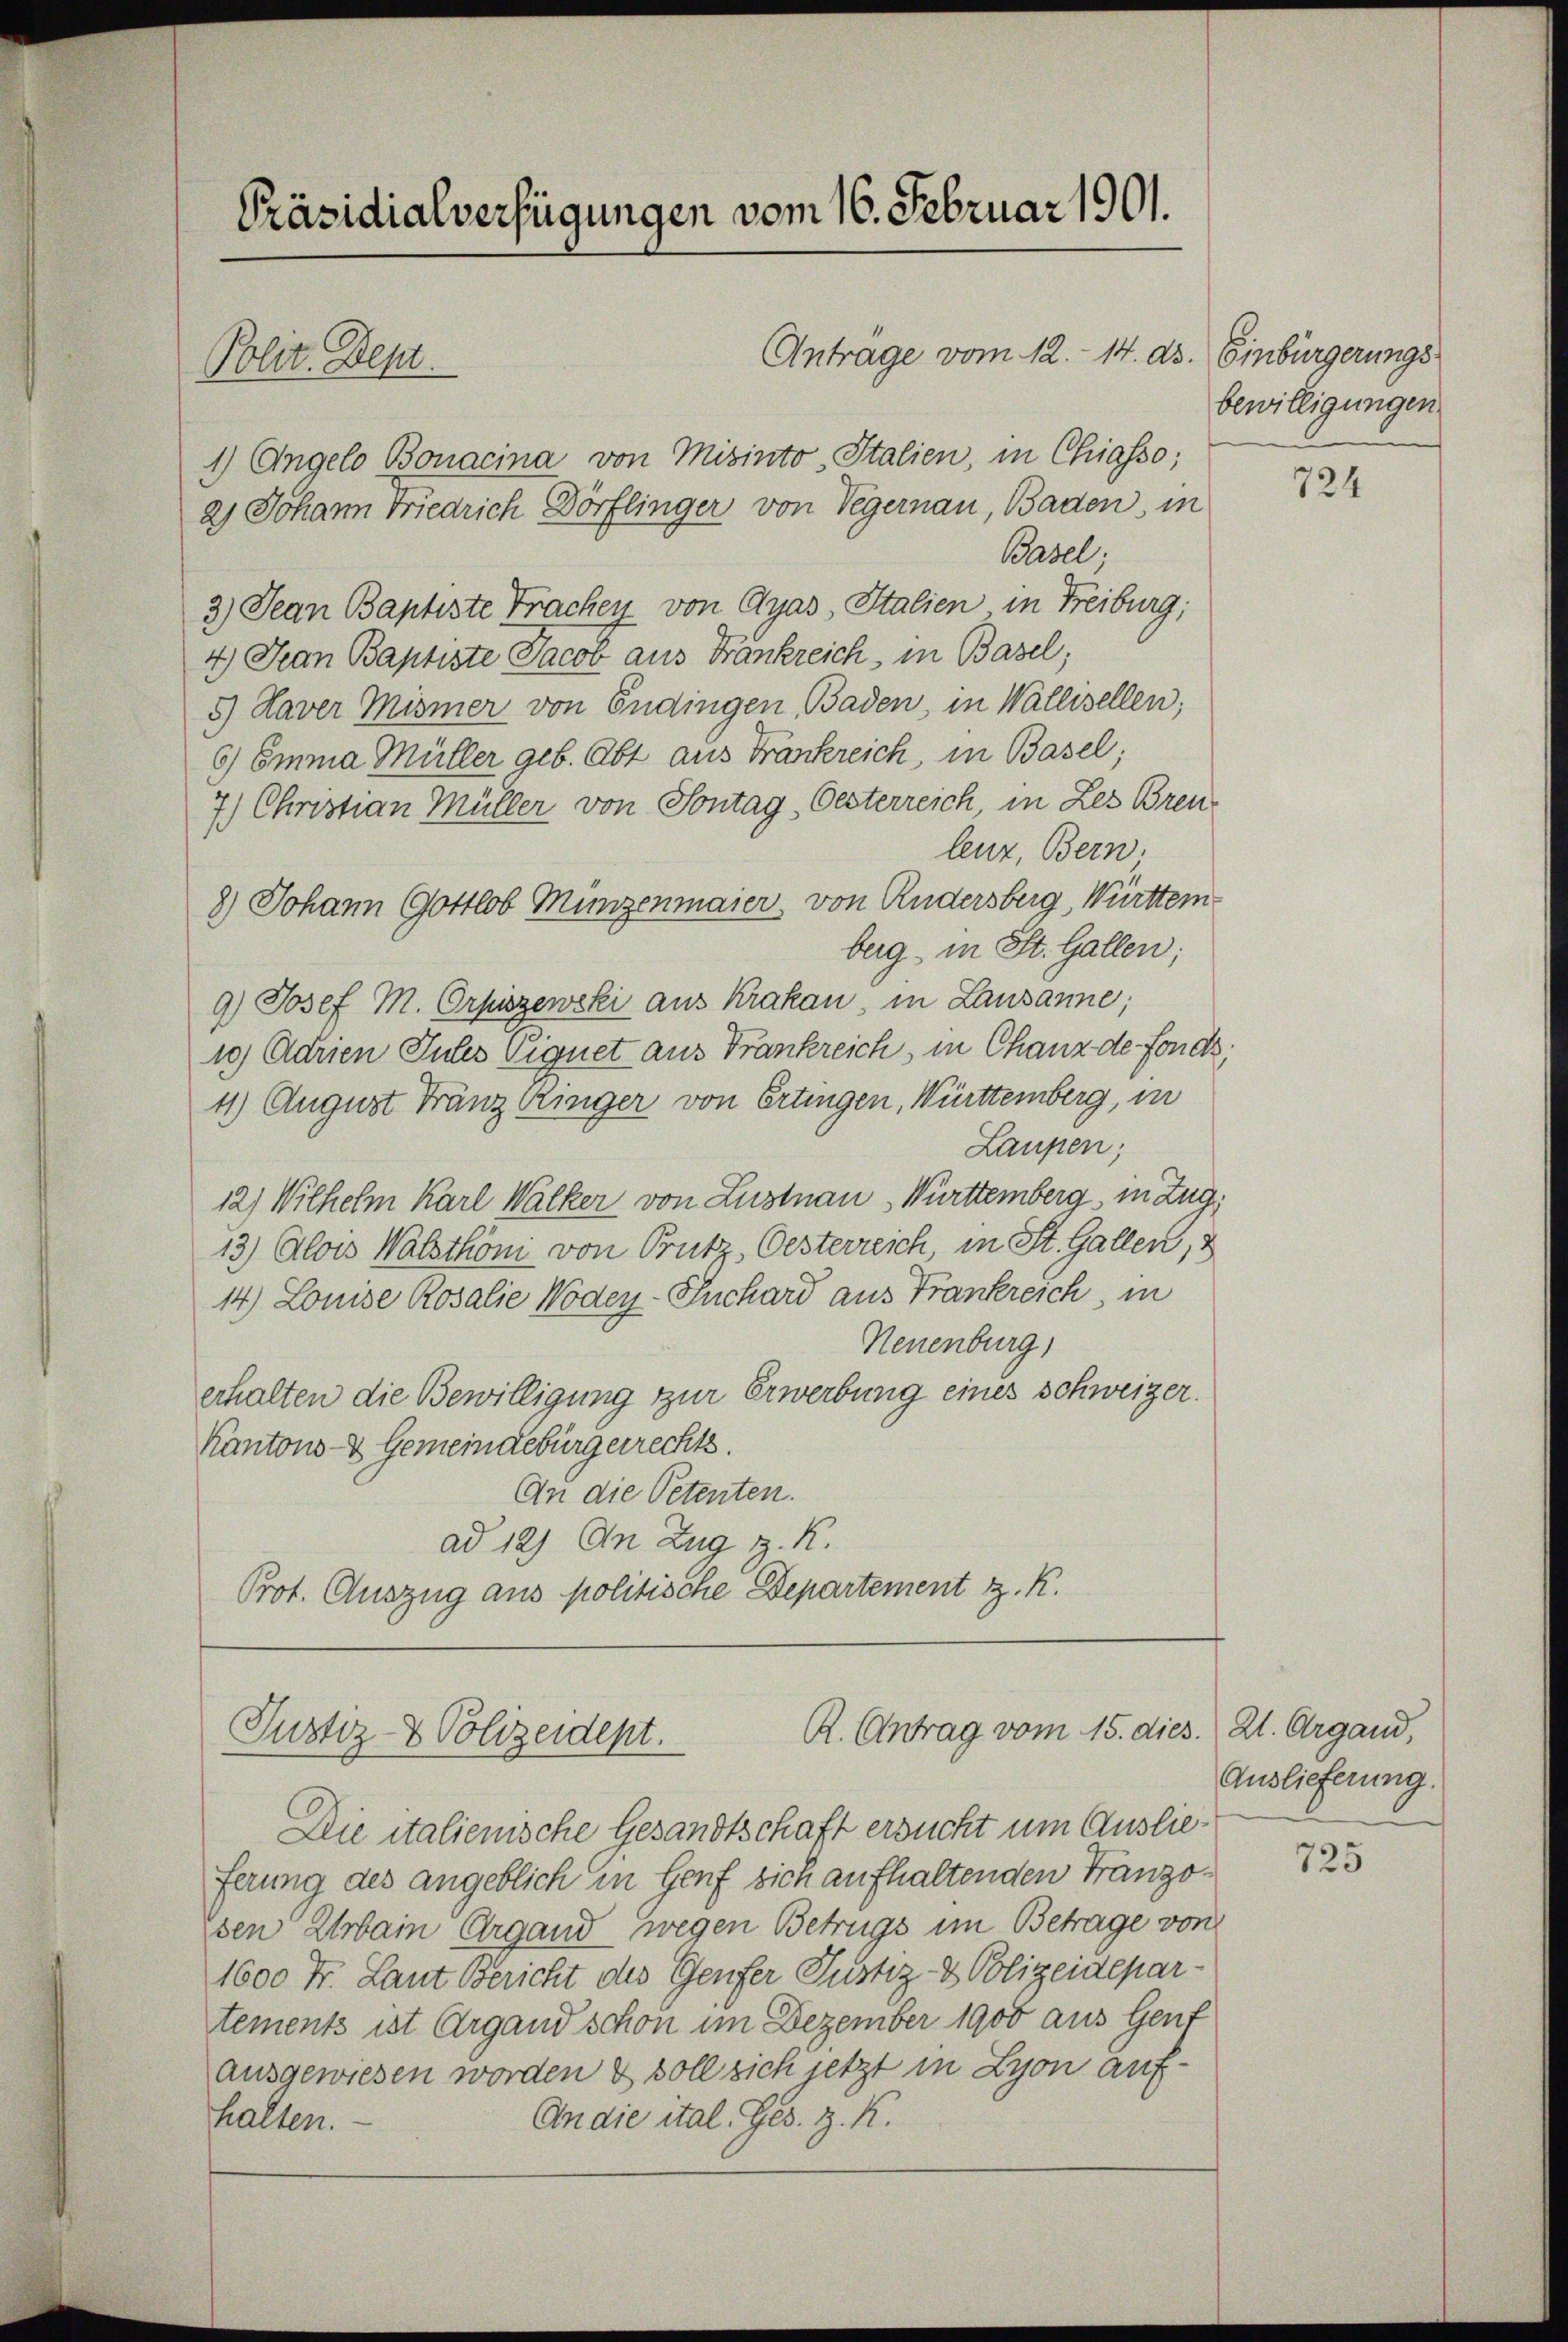
Präsidialverfügungen vom 16. Februar 1901.

Antrage vom 12. 14. ds. Einbürgerungs
1) Angelo Bonacina von Mitinto, Italien, in Chiasso;
a) Johann Friedrich Dörflinger von Vegernau, Baden, in
Basel;
3) Jean Baptiste Trachen von Gyas Italien in Freiburg;
4) Man Baptiste Jacob aus Frankreich, in Basel,
5.) Haver Mismer von Endingen, Baden, in Wallisellen;
6) Emma Müller geb. Abt aus Frankreich, in Basel;
7.) Christian Müller von Sontag, Oesterreich, in Les Brenleuz, Bern.
8) Johann Gottlob Münzenmaier, von Rudersberg, Württem
berg in St. Gallen;
9) Josef M. Orpiszewski aus Krakau, in Lausanne;
10) Adrien Jules Eignet aus Frankreich, in Chanz de fonds
4) August Franz Klinger von Ertingen, Württemberg, in
Laupen;
12) Wilhelm Karl Walker von Lustnau, Württemberg in Zug,
13) Alois Walsthöni von Brutz, Oesterreich, in St. Gallen,
14) Louise Rosalie Woden-Schard aus Frankreich, in
Neuenburg,
erhalten die Bewilligung zur Erwerbung eines Schweizer.
Kantons- & Gemeindebürgerrechts.
An die Petenten.
ad 12) An Zug z. K.
Prot. Auszug aus politische Departement z. R.

Polit. Dept.

R. Antrag vom 15. dies. 21. Organd,
Justiz- & Polizeidept.

Die italienische Gesandtschaft ersucht um Auslieferung des angeblich in Genf sich aufhaltenden Franzosen Urbain Organd wegen Betrugs im Betrage von
1600 Fr. Laut Bericht des Genfer Justiz- & Polizeidepartements ist Argand schon im Dezember 1900 aus Genf
ausgewiesen worden & soll sich jetzt in Lyon auf¬
An die ital. Ges. z. K.
halten.

bewilligungen.

724

Auslieferung.

725